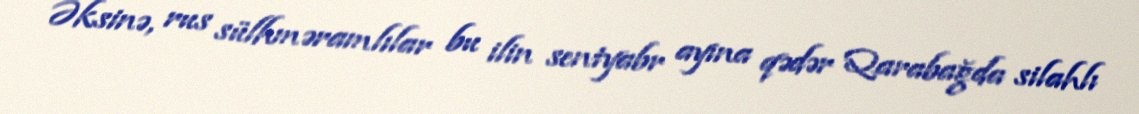
Əksinə, rus sülhməramlılar bu ilin sentyabr ayına qədər Qarabağda silahlı